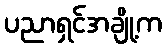
ပညာရှင်အချို့က